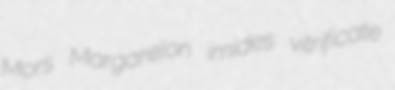
Mors Margarelon imides vitrificate